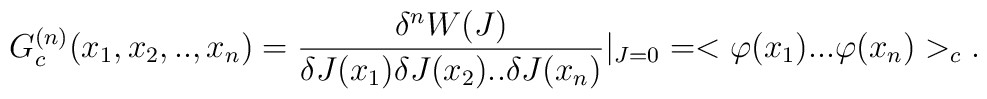
G_{c}^{(n)}(x_{1},x_{2},..,x_{n})=\frac{\delta^{n}W(J)}{\delta J(x_{1})\delta J(x_{2})..\delta J(x_{n})}|_{J=0}=<\varphi(x_{1})...\varphi(x_{n})>_{c}.